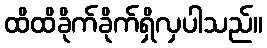
ထိထိခိုက်ခိုက်ရှိလှပါသည်။